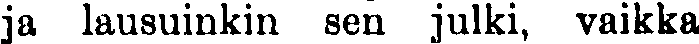
ja lausuinkin sen julki, vaikka